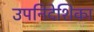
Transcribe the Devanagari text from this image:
उपनिदेशिका